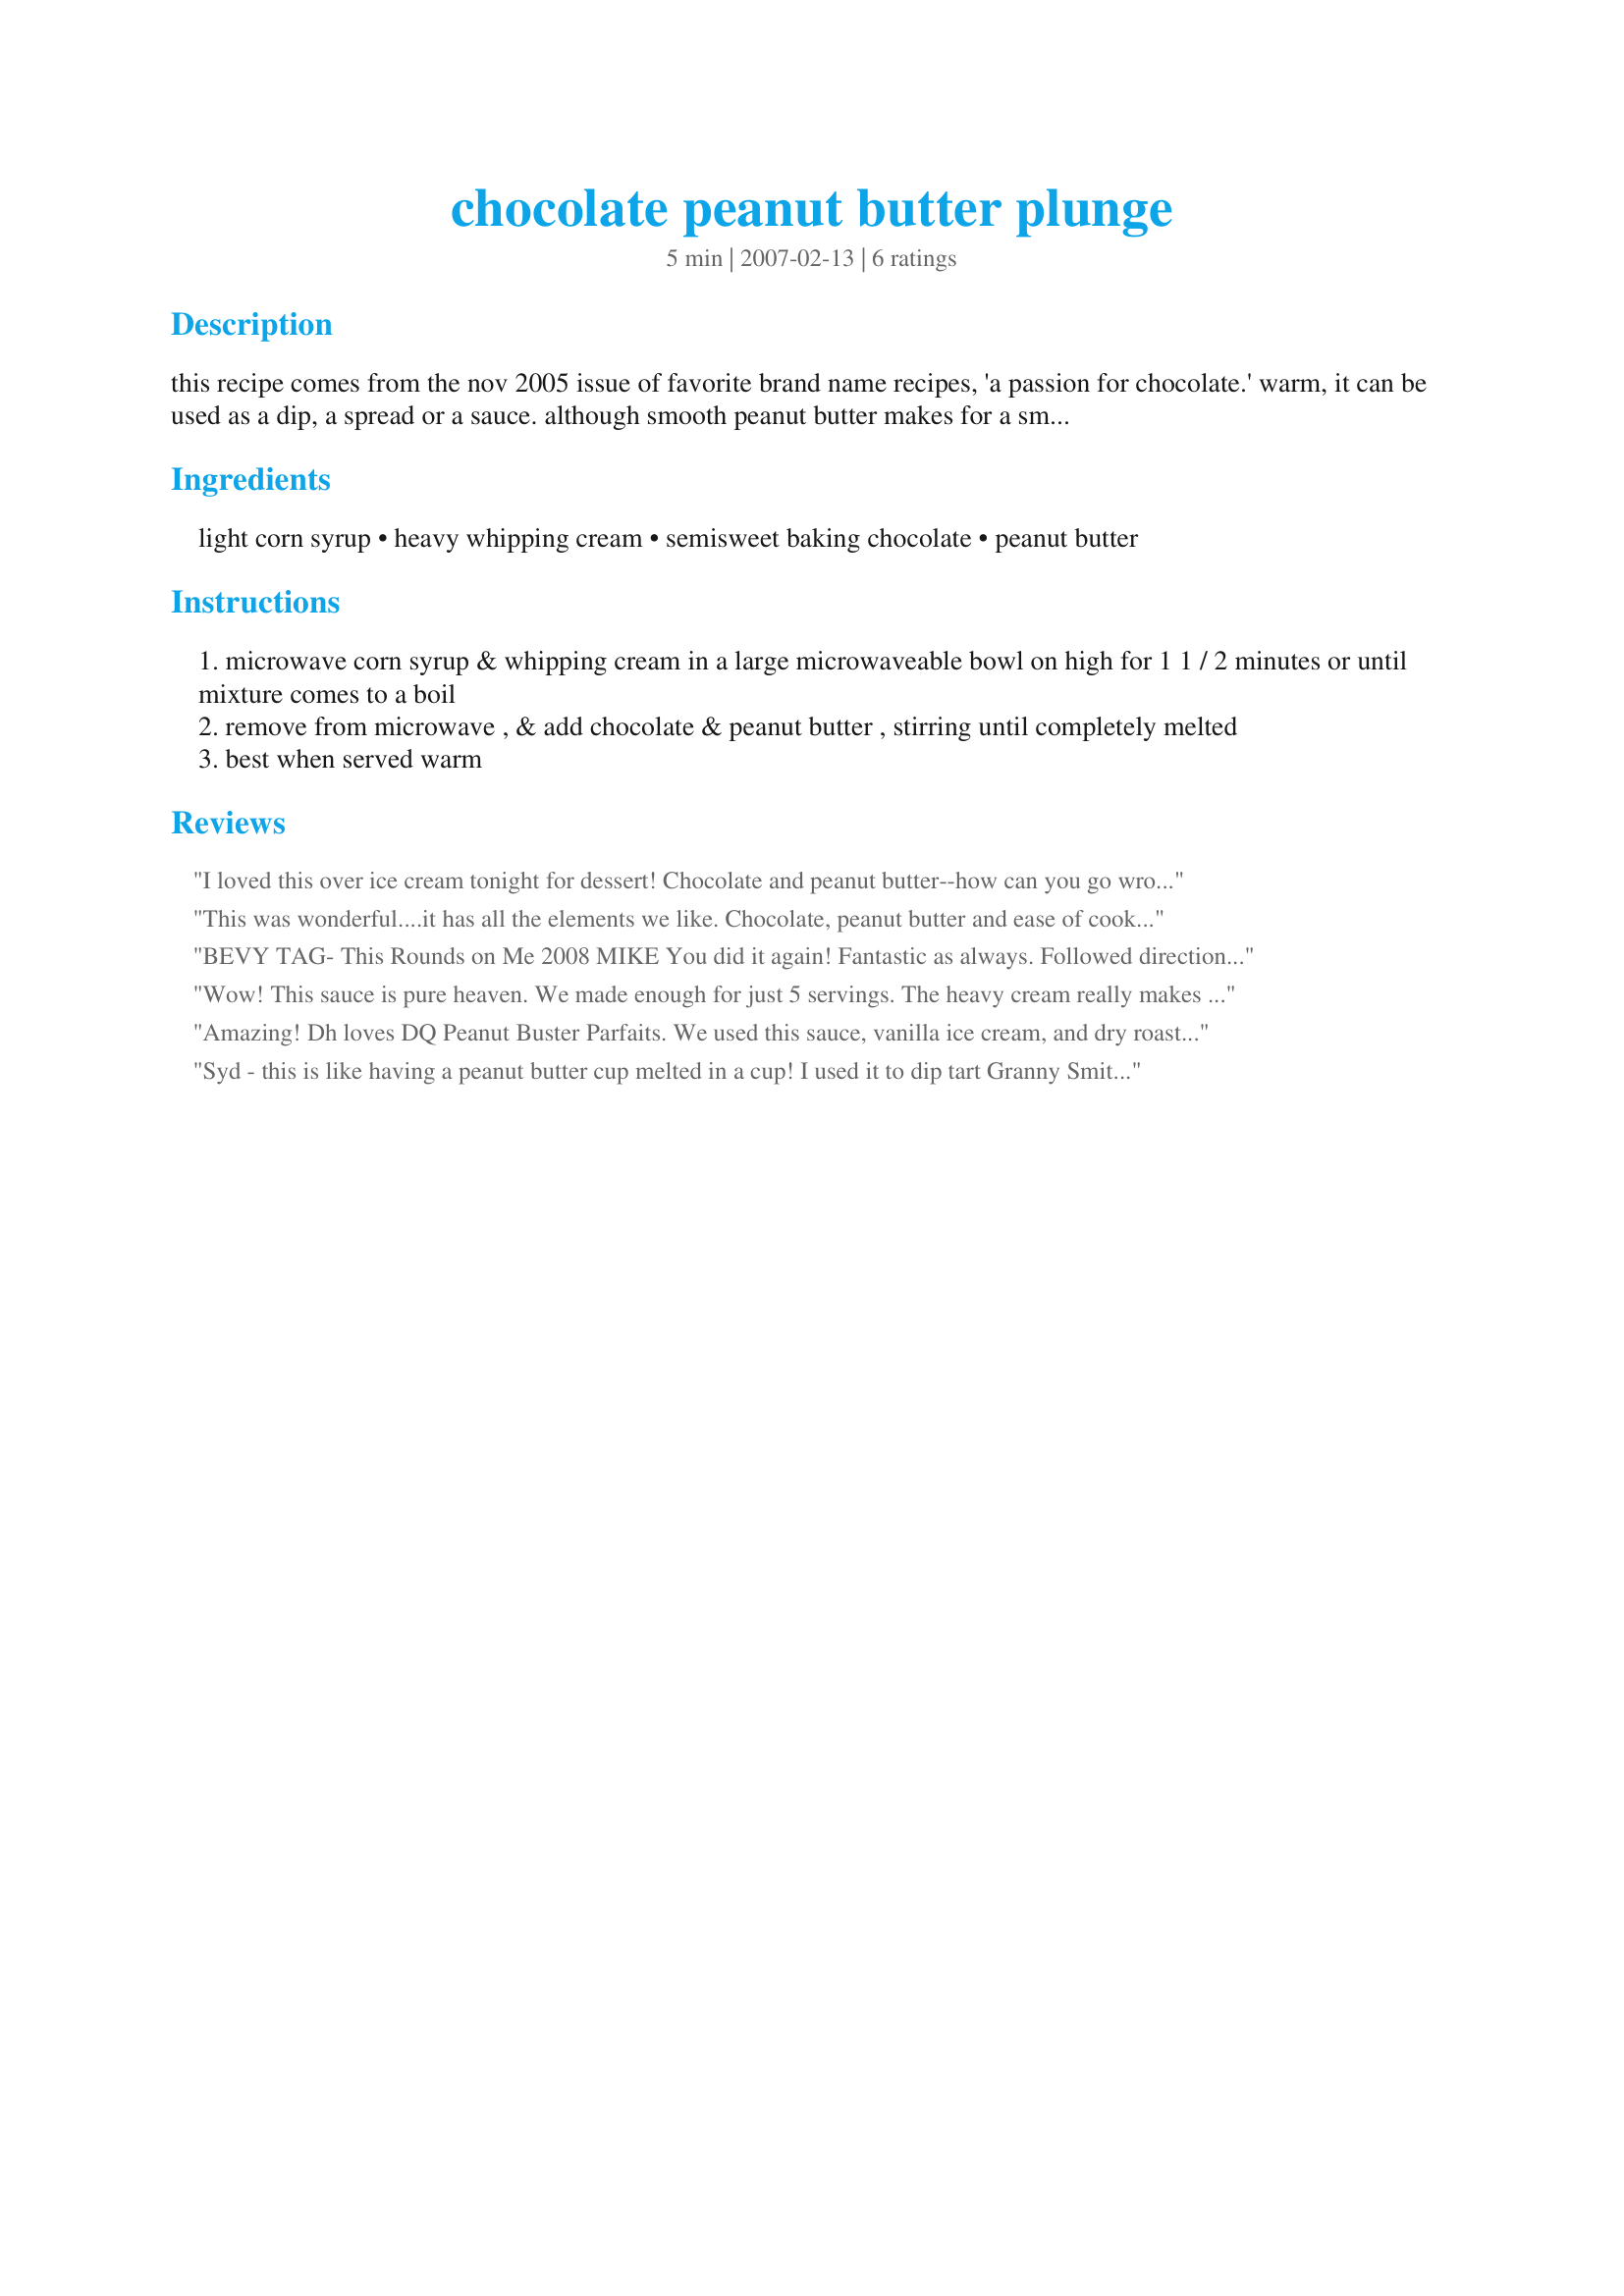
chocolate peanut butter plunge
Preparation time: 5 minutes

this recipe comes from the nov 2005 issue of favorite brand name recipes, 'a passion for chocolate.' warm, it can be used as a dip, a spread or a sauce. although smooth peanut butter makes for a smooth sauce, i prefer the extra chunky kind!

Ingredients:
light corn syrup, heavy whipping cream, semisweet baking chocolate, peanut butter

Steps:
microwave corn syrup & whipping cream in a large microwaveable bowl on high for 1 1 / 2 minutes or until mixture comes to a boil
remove from microwave , & add chocolate & peanut butter , stirring until completely melted
best when served warm

Reviews:
I loved this over ice cream tonight for dessert! Chocolate and peanut butter--how can you go wrong with this combination? I used creamy peanut butter because that is what I had on hand. This sauce was so very creamy and the perfect blend of chocolate and peanut butter. Thanks, Syd!
This was wonderful....it has all the elements we like. Chocolate, peanut butter and ease of cooking. My boys have eaten almost all of this in 2 days. Made for 1-2-3 Hit Wonders.
BEVY TAG- This Rounds on Me 2008

MIKE You did it again! Fantastic as always. Followed directions exactly and yummy. (I licked th spoon just to be sure I had it right before seving.. LOL)
Poured this over french vanilla ice cream when just above warm so it could assist in melting a bit of ice cream before serving. DH was in heaven as was I.
Oh lord the pounds I am gaing from your chocolate desserts.
Wow! This sauce is pure heaven. We made enough for just 5 servings. The heavy cream really makes this sauce special. It tastes like an extra creamy, liquid peanut butter cup. A definite keeper, thanks Syd!
Amazing! Dh loves DQ Peanut Buster Parfaits. We used this sauce, vanilla ice cream, and dry roasted peanuts, and it tastes a lot like the DQ parfait--only better, because the chocolate sauce has peanut butter in it! Oh, that and the little fact that we didn't have to pay $7 to wait in line for 2 parfaits in those obnoxious little plastic cups doesn't hurt either. We used regular whipping cream, so I suspect ours is a little thinner, but still very delicious, and oh so smoooooooth! Sorry my pictures are stretched weird--should have taken horizontal instead of vertical photos! Made for PRMR. Thanks for posting!
Syd - this is like having a peanut butter cup melted in a cup! I used it to dip tart Granny Smith apples into for a somewhat healthy treat after dinner. Delicious! My DS used it over some vanilla ice cream instead and is raving too! I've decided I'm older and do not have to share anymore and the rest is mine - my only problem is finding a good hiding place in the fridge. I know this will be a go-to type of recipe when I need that PB & Chocolate fix. Tagged in 1.2.3 Hit Wonders. This is a definite HIT! :)
